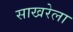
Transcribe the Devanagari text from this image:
साखरेला